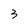
Character: 3